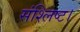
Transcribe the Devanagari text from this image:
संश्लिष्ट।